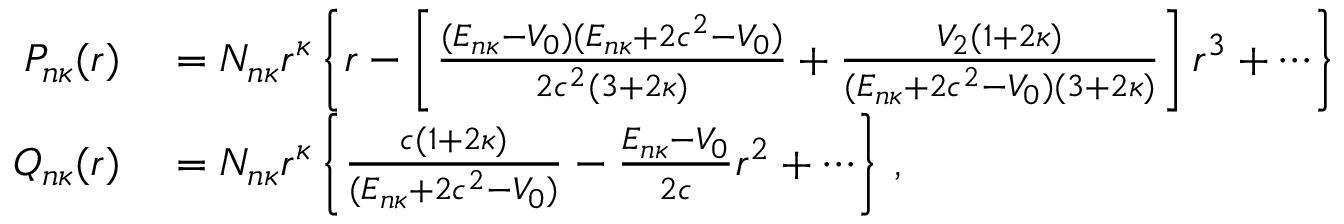
\begin{array} { r } { \begin{array} { r l } { P _ { n \kappa } ( r ) } & { { } = N _ { n \kappa } r ^ { \kappa } \left\{ r - \left[ \frac { ( E _ { n \kappa } - V _ { 0 } ) ( E _ { n \kappa } + 2 c ^ { 2 } - V _ { 0 } ) } { 2 c ^ { 2 } ( 3 + 2 \kappa ) } + \frac { V _ { 2 } ( 1 + 2 \kappa ) } { ( E _ { n \kappa } + 2 c ^ { 2 } - V _ { 0 } ) ( 3 + 2 \kappa ) } \right] r ^ { 3 } + \cdots \right\} } \\ { Q _ { n \kappa } ( r ) } & { { } = N _ { n \kappa } r ^ { \kappa } \left\{ \frac { c ( 1 + 2 \kappa ) } { ( E _ { n \kappa } + 2 c ^ { 2 } - V _ { 0 } ) } - \frac { E _ { n \kappa } - V _ { 0 } } { 2 c } r ^ { 2 } + \cdots \right\} \, , } \end{array} } \end{array}